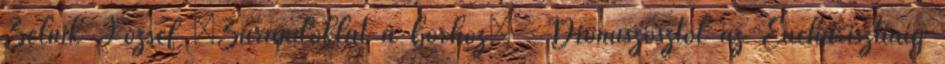
Zelnik József „Zarándoklat a borhoz” - Dionüszosztól az Eu­charisztiáig